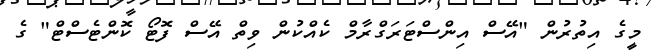
މީގެ އިތުރުން "އޭސް އިންސްޓަރަގްރާމް ކެއްކުން ވިތް އޭސް ފޮޓޯ ކޮންޓެސްޓް" ގެ